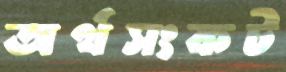
অর্থসংকট